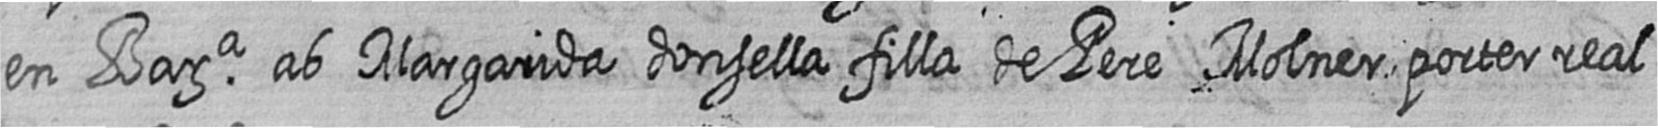
en Bara ab Margarida donsella filla de Pere Molner porter real